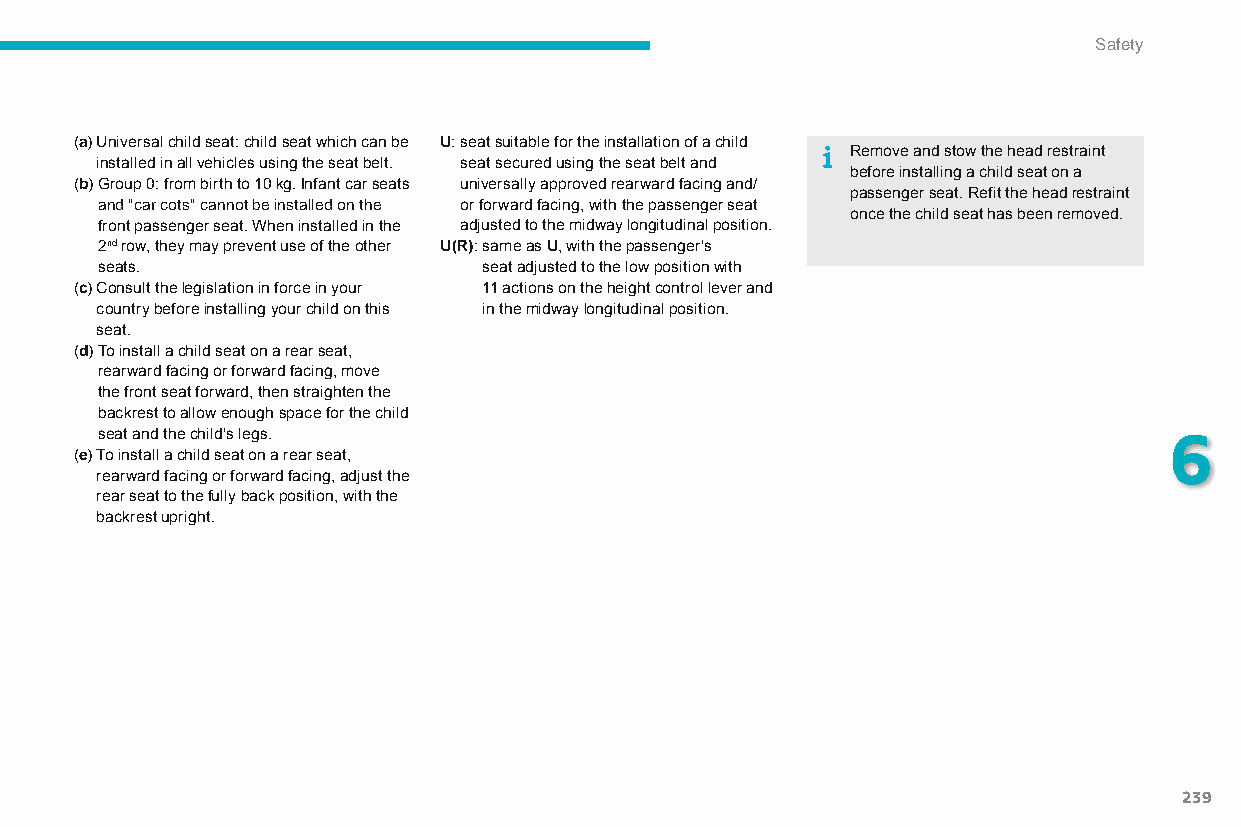
Safety
 (a) Universal child seat: child seat which can be U: seat suitable for the installation of a child
 Remove and stow the head restraint
 installed in all vehicles using the seat belt. seat secured using the seat belt and
 before installing a child seat on a
 (b) Group 0: from birth to 10 kg. Infant car seats universally approved rearward facing and/
 passenger seat. Refit the head restraint
 and "car cots" cannot be installed on the or forward facing, with the passenger seat
 once the child seat has been removed.
 front passenger seat. When installed in the adjusted to the midway longitudinal position.
 2nd row, they may prevent use of the other U(R): s ame as U, with the passenger's
 seats.                    seat adjusted to the low position with
 (c) Consult the legislation in force in your 11 actions on the height control lever and
 country before installing your child on this in the midway longitudinal position.
 seat.
 (d) To install a child seat on a rear seat,
 rearward facing or forward facing, move
 the front seat forward, then straighten the
 backrest to allow enough space for the child
 seat and the child's legs.                                             6
 (e) To install a child seat on a rear seat,
 rearward facing or forward facing, adjust the
 rear seat to the fully back position, with the
 backrest upright.
 239
 C4-Picasso-II_en_Chap06_securite_ed01-2015